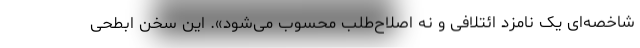
شاخصه‌ای یک نامزد ائتلافی و نه اصلاح‌طلب محسوب می‌شود». این سخن ابطحی